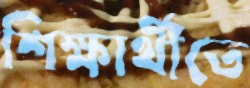
শিক্ষার্থীতে